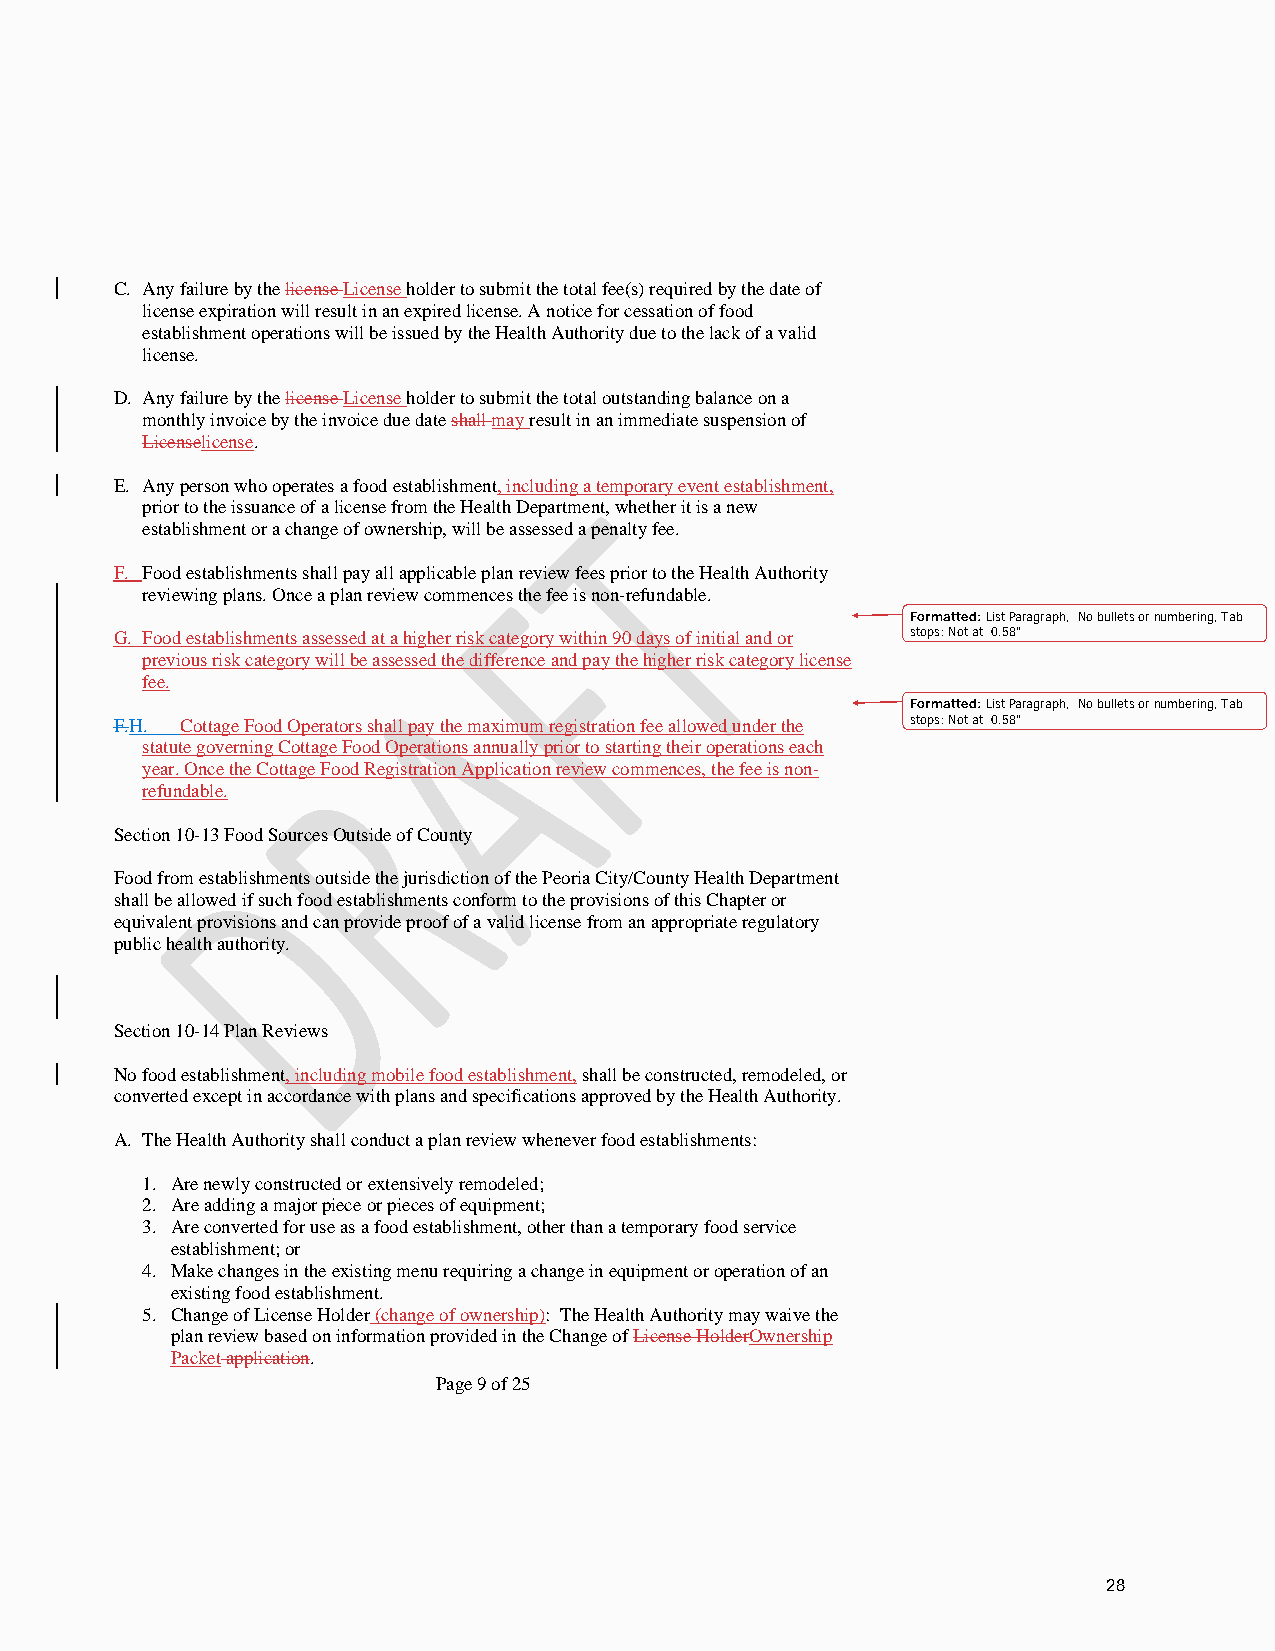
C. Any failure by the license License holder to submit the total fee(s) required by the date of
 license expiration will result in an expired license. A notice for cessation of food
 establishment operations will be issued by the Health Authority due to the lack of a valid
 license.
 D. Any failure by the license License holder to submit the total outstanding balance on a
 monthly invoice by the invoice due date shall may result in an immediate suspension of
 Licenselicense.
 E. Any person who operates a food establishment, including a temporary event establishment,
 prior to the issuance of a license from the Health Department, whether it is a new
 establishment or a change of ownership, will be assessed a penalty fee.
 F. Food establishments shall pay all applicable plan review fees prior to the Health Authority
 reviewing plans. Once a plan review commences the fee is non-refundable.
 Formatted: List Paragraph, No bullets or numbering, Tab
 G. Food establishments assessed at a higher risk category within 90 days of initial and or stops: Not at 0.58"
 previous risk category will be assessed the difference and pay the higher risk category license
 fee.
 Formatted: List Paragraph, No bullets or numbering, Tab
 F.H. Cottage Food Operators shall pay the maximum registration fee allowed under the stops: Not at 0.58"
 statute governing Cottage Food Operations annually prior to starting their operations each
 year. Once the Cottage Food Registration Application review commences, the fee is non-
 refundable.
 Section 10-13 Food Sources Outside of County
 Food from establishments outside the jurisdiction of the Peoria City/County Health Department
 shall be allowed if such food establishments conform to the provisions of this Chapter or
 equivalent provisions and can provide proof of a valid license from an appropriate regulatory
 public health authority.
 Section 10-14 Plan Reviews
 No food establishment, including mobile food establishment, shall be constructed, remodeled, or
 converted except in accordance with plans and specifications approved by the Health Authority.
 A. The Health Authority shall conduct a plan review whenever food establishments:
 1. Are newly constructed or extensively remodeled;
 2. Are adding a major piece or pieces of equipment;
 3. Are converted for use as a food establishment, other than a temporary food service
 establishment; or
 4. Make changes in the existing menu requiring a change in equipment or operation of an
 existing food establishment.
 5. Change of License Holder (change of ownership): The Health Authority may waive the
 plan review based on information provided in the Change of License HolderOwnership
 Packet application.
 Page 9 of 25
 28